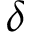
\delta